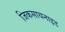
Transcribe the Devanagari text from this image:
जिकसायनाइड